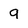
Character: q